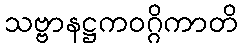
သဗ္ဗာနဋ္ဌကဝဂ္ဂိကာတိ